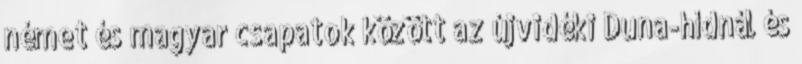
német és magyar csapatok között az újvidéki Duna-hídnál és